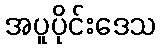
အပူပိုင်းဒေသ